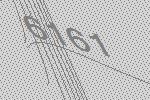
6161